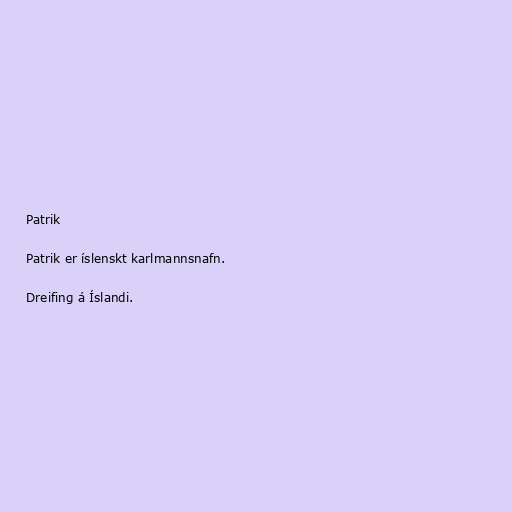
Patrik

Patrik er íslenskt karlmannsnafn.

Dreifing á Íslandi.